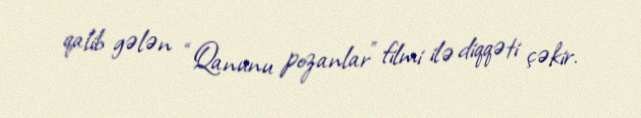
qalib gələn “Qanunu pozanlar” filmi ilə diqqəti çəkir.